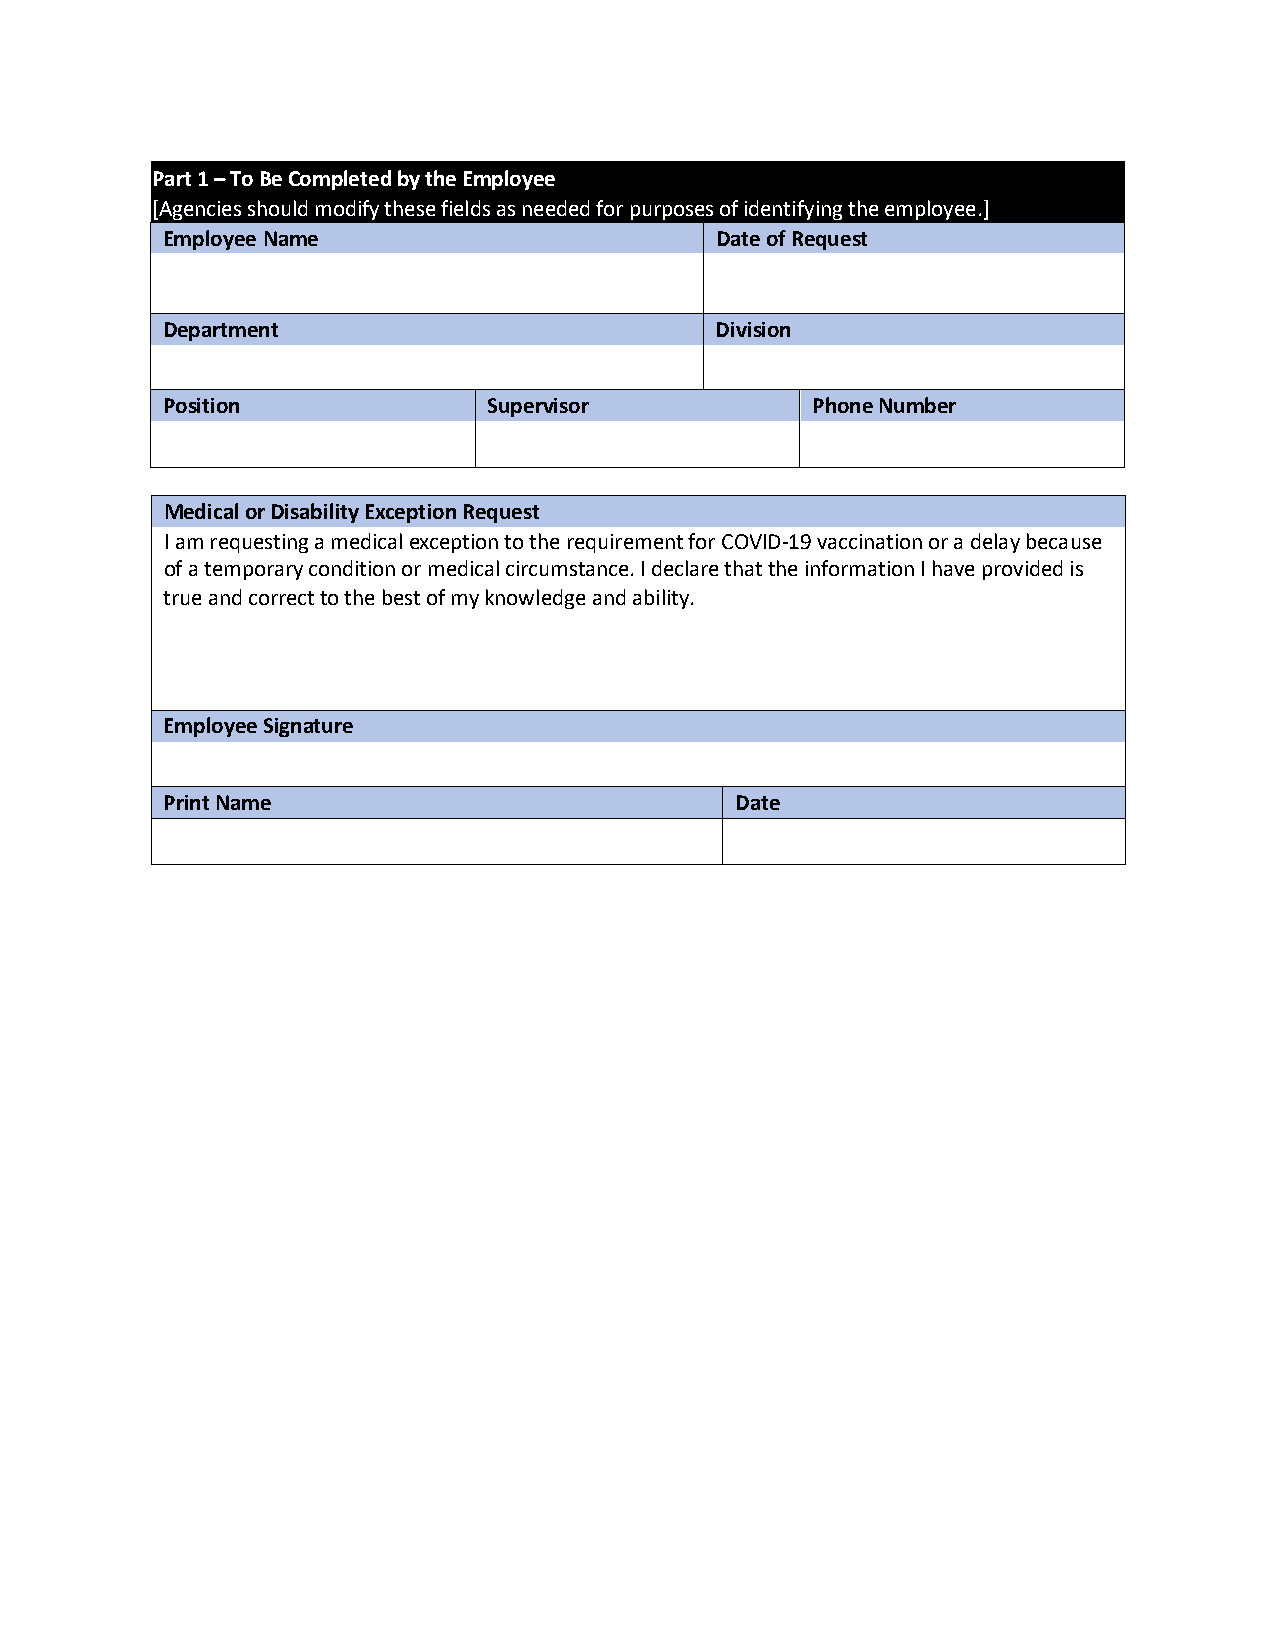
Part 1 – To Be Completed by the Employee
 [Agencies should modify these fields as needed for purposes of identifying the employee.]
 Employee Name                       Date of Request
 Department                          Division
 Position             Supervisor            Phone Number
 Medical or Disability Exception Request
 I am requesting a medical exception to the requirement for COVID-19 vaccination or a delay because
 of a temporary condition or medical circumstance. I declare that the information I have provided is
 true and correct to the best of my knowledge and ability.
 Employee Signature
 Print Name                            Date